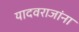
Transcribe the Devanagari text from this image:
यादवराजांना